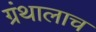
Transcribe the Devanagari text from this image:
ग्रंथालाच